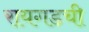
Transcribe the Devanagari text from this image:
रायगडची